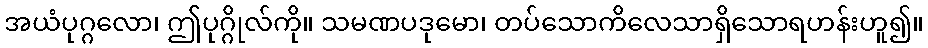
အယံပုဂ္ဂလော၊ ဤပုဂ္ဂိုလ်ကို။ သမဏပဒုမော၊ တပ်သောကိလေသာရှိသောရဟန်းဟူ၍။